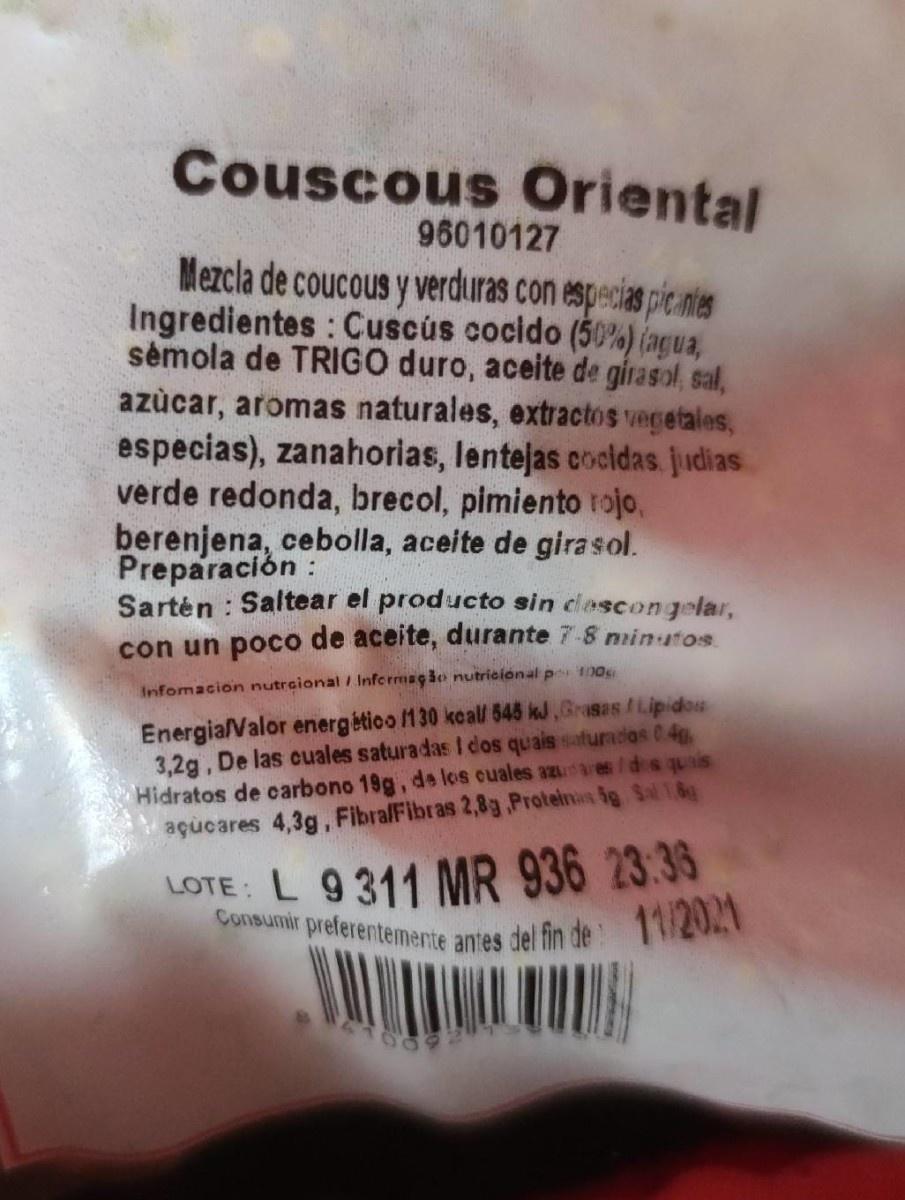
Couscous Oriental
96010127
Mezcla de coucous y verduras con especias picanies Ingredientes : Cuscús cocido (50%) (agua, sėmola de TRIGO duro, aceite de girasol, sal, azùcar, aromas naturales, extractos vegetales, especias), zanahorias, lentejas cocidas. judias verde redonda, brecol, pimiento trojo, berenjena, cebolla, aceite de girasol. Preparación : Sartén : Saltear el producto sin clascongelar, con un poco de aceite, durante 7-8 nminutos
Infomacion nutrcional / Infermaçie nutricional p 100
Energia/Valor energético 130 kcal 545 kJ,Grasas/Lipidou 3,2g, De las cuales saturadas I dos quais saturadios 04g Hidratos de carbono 19g, de los cuales azuares /ds quais açucares 4,3g, FibralFibras 2,8g ,Protelnas 5g Sl 1.8
LOTE: L 9311 MR 936 23:3 del fin de 11/2021
Consumir preferentemente antes